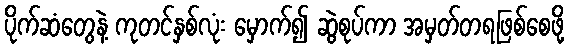
ပိုက်ဆံတွေနဲ့ ကုတင်နှစ်လုံး မှောက်၍ ဆွဲစုပ်ကာ အမှတ်တရဖြစ်စေဖို့